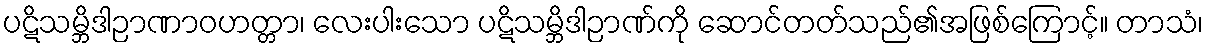
ပဋိသမ္ဘိဒါဉာဏာဝဟတ္တာ၊ လေးပါးသော ပဋိသမ္ဘိဒါဉာဏ်ကို ဆောင်တတ်သည်၏အဖြစ်ကြောင့်။ တာသံ၊